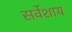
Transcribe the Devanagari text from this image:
सर्वेशाय